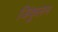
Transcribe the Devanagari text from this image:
जिंकूलन